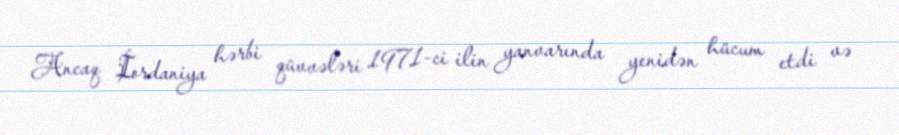
Ancaq İordaniya hərbi qüvvələri 1971-ci ilin yanvarında yenidən hücum etdi və